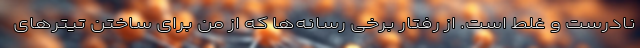
نادرست و غلط است. از رفتار برخی رسانه‌ها که از من برای ساختن تیترهای